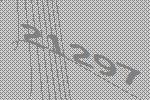
21297